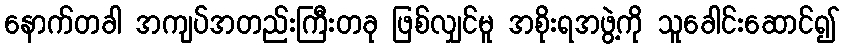
နောက်တခါ အကျပ်အတည်းကြီးတခု ဖြစ်လျှင်မူ အစိုးရအဖွဲ့ကို သူခေါင်းဆောင်၍